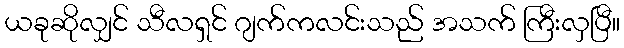
ယခုဆိုလျှင် သီလရှင် ဂျက်ကလင်းသည် အသက် ကြီးလှပြီ။